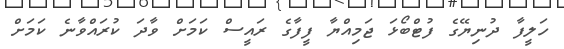
ހަލީފާ ދުނިޔޭގެ ފުޓްބޯޅަ ޖަމިއްޔާ ފީފާގެ ރައީސް ކަމަށް ވާދަ ކުރައްވާނެ ކަމަށް